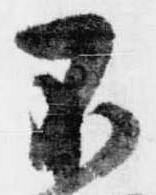
不